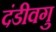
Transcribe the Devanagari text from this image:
दंडीवगु